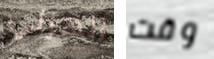
الهزلي وقت